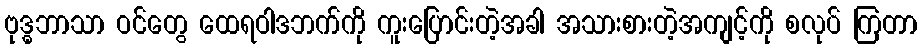
ဗုဒ္ဓဘာသာ ဝင်တွေ ထေရဝါဒဘက်ကို ကူးပြောင်းတဲ့အခါ အသားစားတဲ့အကျင့်ကို စလုပ် ကြတာ